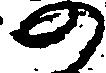
の